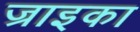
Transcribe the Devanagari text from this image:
ज्राइका